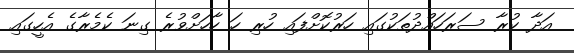
އަދާ ކުރާ ސަރަހައްދުތަކުގައި ހަރުކޮށްފައި ހުރި ހަ ހާހަށްވުރެ ގިނަ ކެމެރާގެ އެހީގައި